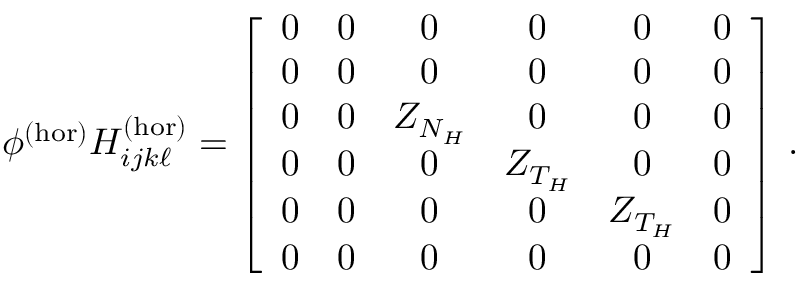
\phi ^ { ( \mathrm { { h o r } ) } } H _ { i j k \ell } ^ { ( \mathrm { { h o r } ) } } = \left[ \begin{array} { c c c c c c } { 0 } & { 0 } & { 0 } & { 0 } & { 0 } & { 0 } \\ { 0 } & { 0 } & { 0 } & { 0 } & { 0 } & { 0 } \\ { 0 } & { 0 } & { Z _ { N _ { H } } } & { 0 } & { 0 } & { 0 } \\ { 0 } & { 0 } & { 0 } & { Z _ { T _ { H } } } & { 0 } & { 0 } \\ { 0 } & { 0 } & { 0 } & { 0 } & { Z _ { T _ { H } } } & { 0 } \\ { 0 } & { 0 } & { 0 } & { 0 } & { 0 } & { 0 } \end{array} \right] \, .